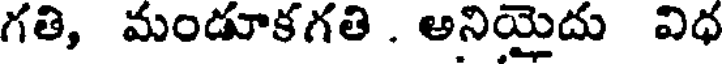
గతి, మండూకగతి . అనియైదు విధ